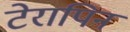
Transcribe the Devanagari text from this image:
टेरापिन